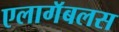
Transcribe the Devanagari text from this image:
एलागॅबलस